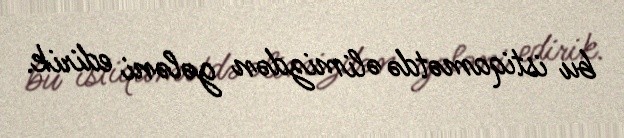
bu istiqamətdə əlimizdən gələni edirik.